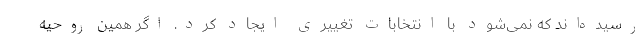
رسیده‌اند که نمی‌شود با انتخابات تغییری ایجاد کرد. اگر همین روحیه